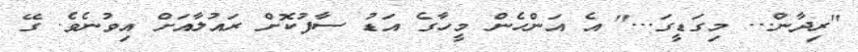
"ރިދާން... މިގަޑީގަ..." އެ އަންހެން މީހާގެ އަޑު ސާފުކޮށް ރައުލާއަށް އިވުނެވެ. ގޭ